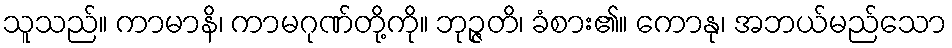
သူသည်။ ကာမာနိ၊ ကာမဂုဏ်တို့ကို။ ဘုဉ္ဇတိ၊ ခံစား၏။ ကောနု၊ အဘယ်မည်သော